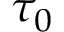
\tau _ { 0 }